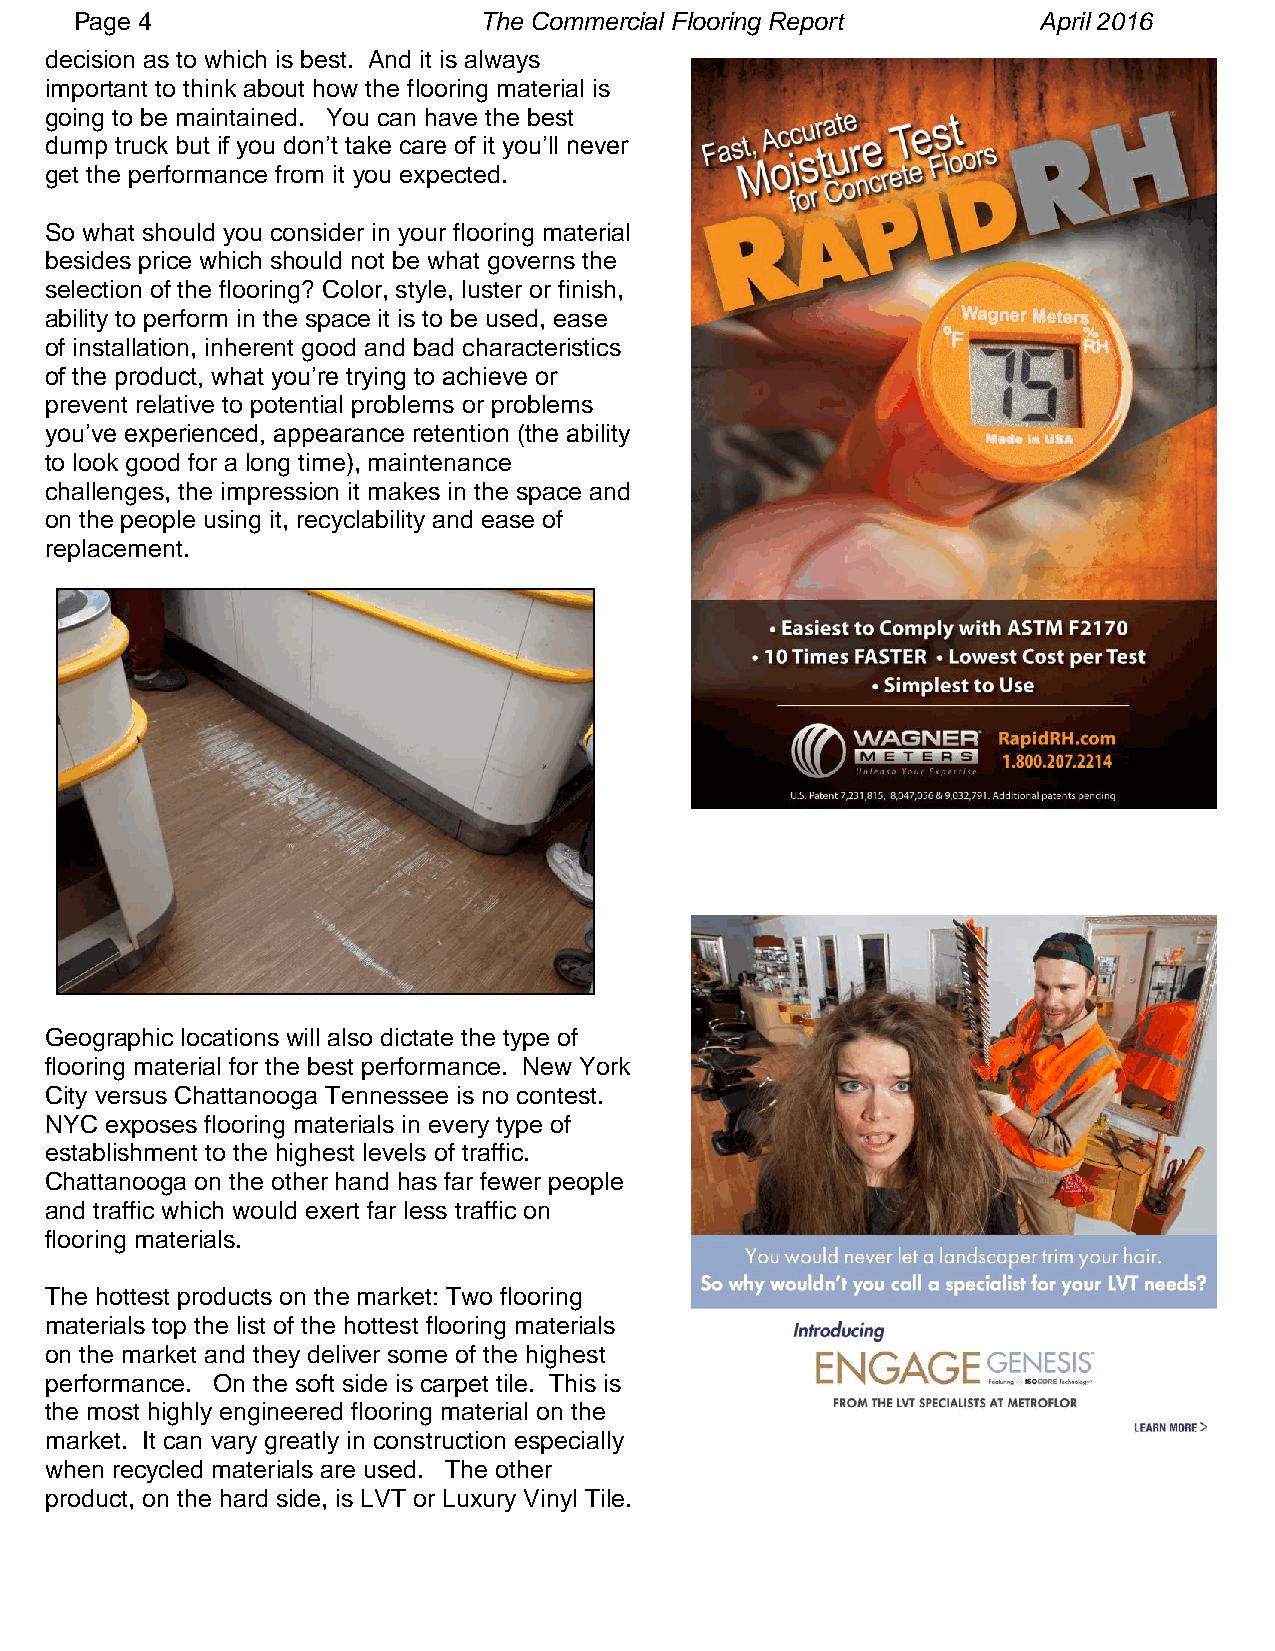
Page 4                     The Commercial Flooring Report       April 2016
 decision as to which is best. And it is always
 important to think about how the flooring material is
 going to be maintained. You can have the best
 dump truck but if you don’t take care of it you’ll never
 get the performance from it you expected.
 So what should you consider in your flooring material
 besides price which should not be what governs the
 selection of the flooring? Color, style, luster or finish,
 ability to perform in the space it is to be used, ease
 of installation, inherent good and bad characteristics
 of the product, what you’re trying to achieve or
 prevent relative to potential problems or problems
 you’ve experienced, appearance retention (the ability
 to look good for a long time), maintenance
 challenges, the impression it makes in the space and
 on the people using it, recyclability and ease of
 replacement.
 Geographic locations will also dictate the type of
 flooring material for the best performance. New York
 City versus Chattanooga Tennessee is no contest.
 NYC exposes flooring materials in every type of
 establishment to the highest levels of traffic.
 Chattanooga on the other hand has far fewer people
 and traffic which would exert far less traffic on
 flooring materials.
 The hottest products on the market: Two flooring
 materials top the list of the hottest flooring materials
 on the market and they deliver some of the highest
 performance. On the soft side is carpet tile. This is
 the most highly engineered flooring material on the
 market. It can vary greatly in construction especially
 when recycled materials are used. The other
 product, on the hard side, is LVT or Luxury Vinyl Tile.